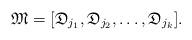
LaTeX: \begin{align*}\mathfrak{M} = [\mathfrak{D}_{j_1}, \mathfrak{D}_{j_2}, \dots, \mathfrak{D}_{j_k}].\end{align*}